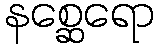
နစ္ဆေရော